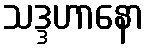
သဒ္ဒဟာနော